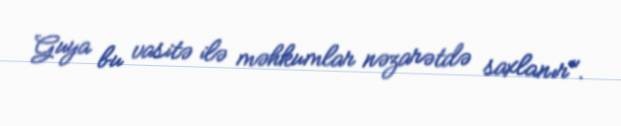
Guya bu vasitə ilə məhkumlar nəzarətdə saxlanır".